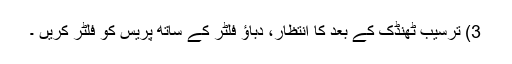
3) ترسیب ٹھنڈک کے بعد کا انتظار، دباؤ فلٹر کے ساتھ پریس کو فلٹر کریں ۔